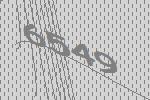
6549